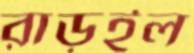
রাড়ইল